King Institute of Preventive Medicine Micro-Biological Section reports 1909-11
Year: 1909
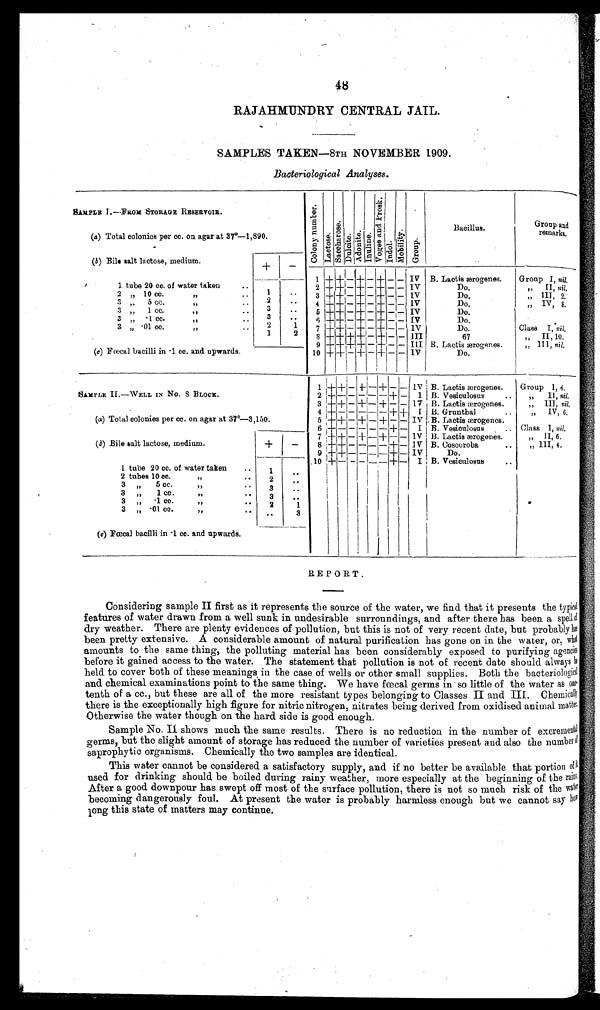
48
RAJAHMUNDRY CENTRAL JAIL.
SAMPLES TAKEN—8TH NOVEMBER 1909.
Bacteriological Analyses.
SAMPLE r.—FROM STORAGE RESERVOIR.
C o l o n y n u m b e r .
Lact ose.
Saccharose.
Dul ci t e.
Adoni t e .
Inul i ne.
Vo g e s a n d P r o s k .
i ndol .
Mobi l i t y.
Group.
Bacillus.
Group and
remarks
(a) Total colonies per cc. on agar at 37º—1,890.
(b) Bile salt lactose, medium
+
-
+
1 + – + -
- - IV B. Lactis ærogenes.
Group I , nil.
+
1 tube 20 cc. of water taken
..
2 + + – + - + - - IV
Do.
,, II, nil
2 „ 10 c c .
, ,
. .
1
..
3 + + - + - + - - IV
Do.
,, III, 2.
3 „ 5 cc.
. .
2
. .
4 +
+ — + — + — — IV
Do.
,, IV, 8.
3 „ 1 cc.
, ,
. .
3
. .
5 + + - + - + - - IV
Do.
3 „ .1 cc.
, , t
..
3
. .
6 + + – + – +- – - IV
Do.
3 „ .01 cc.
,,
2
1
7 + + – + - + - - IV
Do.
Class I, nil.
1
2
8 + + + + – + – – III
67
,, II, 10.
9 + + + + + -+ - - III B. Lactis ærogenes.
„ III, nil.
(c)_Fœcal bacilli in .1 cc. and upwards.
10 + + - +
–
+ - - IV
Do.
1
+
+ -
+ –
+ – - IV B. Lactis ærogenes.
Group I, 4.
SAMPLE IL—WELL IN No. 8 BLOCK.
2 +
– - – –
– + –
I B. Vesiculosus
..
„
II , nil.
3 +
+ - + – + – - IV B. Lactis ærogenes.
„ III, nil,
4 + - - – –
– + +
I B. Gruntbal
..
„
IV, 6.
(a) Total colonies per cc. on agar at 37°—3,150.
5 + ++ – + – + – – IV B. Lactis ærogenes.
6 + - - - - --+ –
I B. Vesiculosus
.. Class 1, nil.
+
–
7 + + – + – + – – IV B. Lactis ærogenes.
,, II,, 6.
(b) Bile salt lactose, medium.
8 + + – – – – + – IV B. Coscoroba
,, III, 4
9 + + - - - – + + IV
Do.
1 tube 20 cc. of water taken
..
1
10 +
– - - - – + - I B. Vesiculosus
2 tubes 10 cc.
,, ..
2
. .
3 „
5cc.
,,
. .
. .
3 „
1 cc.
, ,
. .
. .
3 „
.1 cc.
,,
. .
2
1
3 „.01 cc.
,,
. .
. . 3
(c) Fœcal bacilli in .1 cc. and upwards.
. .
REPORT.
Considering sample II first as it represents the source of the water, we find that it presents the typical
features of water drawn from a well sunk in undesirable surroundings, and after there has been a spell o
dry weather. There are plenty evidences of pollution, but this is not of very recent date, but probably
h a s
been pretty extensive. A considerable amount of natural purification has gone on in the water, or, what
amounts to the same thing, the polluting material has been considerably exposed to purifying agencies
before it gained access to the water. The statement that pollution is not of recent date should always
b e
h e l d . t o c o v e r b o t h o f t h e s e m e a n i n g s,
in the case of wells or other small supplies. Both the bacteriological
and chemical examinations point to the same thing. We have fœcal germs in so little of the water as one.
tenth of a cc., but these are all of the more resistant types belonging to Classes IIand Chemicall
y
there is the exceptionally high figure for nitric nitrogen, nitrates being derived from oxidised animal matter.
Otherwise the water though on the hard side is good enough.
Sample No. II shows much the same results. There is no reduction in the number of excremental
germs, but the slight amount of storage has reduced the number of varieties present and also the number of
saprophytic organisms. Chemically the two samples are identical.
Tins water cannot be considered a satisfactory supply, and if no better be available that portion
o f
used for drinking should be boiled during rainy weather, more especially at the beginning of the rains.
After a good downpour has swept off most of the surface pollution, there is not so much risk of the wat
e r
becoming dangerously foul. At present the water is probably harmless enough but we cannot say ho
w
l o n g t h i s s t a t e o f m a t t e r s m a y c o n t i n u e .